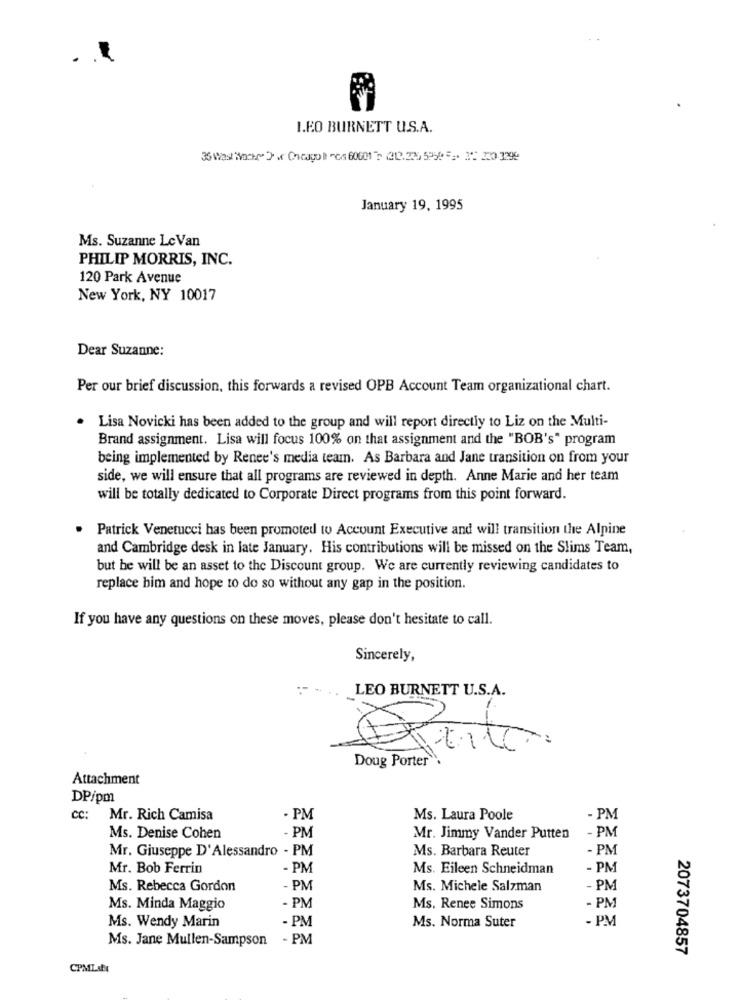
LEO BURNETT U.S.A.
36 Wast Woche" Dir Cheagol Fes 60001 ? (212.235 5950 5. 3: 220-3299
January 19, 1995
Ms. Suzanne LeVan
PHILIP MORRIS, INC.
120 Park Avenue
New York, NY 10017
Dear Suzanne:
Per our brief discussion, this forwards a revised OPB Account Team organizational chart.
Lisa Novicki has been added to the group and will report directly to Liz on the Multi-
Brand assignment. Lisa will focus 100% on that assignment and the "BOB's" program
being implemented by Renee's media team. As Barbara and Jane transition on from your
side, we will ensure that all programs are reviewed in depth. Anne Marie and her team
will be totally dedicated to Corporate Direct programs from this point forward.
Patrick Venetucci has been promoted to Account Executive and will transition the Alpine
and Cambridge desk in late January. His contributions will be missed on the Slims Team,
but he will be an asset to the Discount group. We are currently reviewing candidates to
replace bim and hope to do so without any gap in the position.
If you have any questions on these moves, please don't hesitate to call.
Sincerely,
LEO BURNETT U.S.A.
Peito
Doug Porter
Attachment
DP/pm
CC:
Mr. Rich Camisa
- PM
Ms. Laura Poole
- PM
Ms. Denise Cohen
- PM
Mr. Jimmy Vander Putten
- PM
Mr. Giuseppe D'Alessandro - PM
Ms. Barbara Reuter
- PM
Mr. Bob Ferrin
- PM
Ms. Eileen Schneidman
- PM
Ms. Rebecca Gordon
- PM
Ms. Michele Salzman
- PM
Ms. Minda Maggio
- PM
Ms. Renee Simons
- PM
Ms. Wendy Marin
- PM
Ms. Norma Suter
- PM
Ms. Jane Mullen-Sampson
- PM
2073704857
CPMLoft